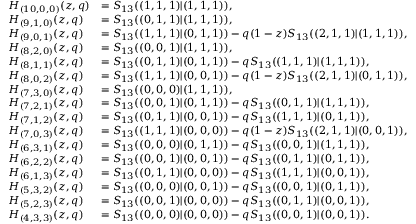
\begin{array} { l l } { H _ { ( 1 0 , 0 , 0 ) } ( z , q ) } & { = S _ { 1 3 } ( ( 1 , 1 , 1 ) | ( 1 , 1 , 1 ) ) , } \\ { H _ { ( 9 , 1 , 0 ) } ( z , q ) } & { = S _ { 1 3 } ( ( 0 , 1 , 1 ) | ( 1 , 1 , 1 ) ) , } \\ { H _ { ( 9 , 0 , 1 ) } ( z , q ) } & { = S _ { 1 3 } ( ( 1 , 1 , 1 ) | ( 0 , 1 , 1 ) ) - q ( 1 - z ) S _ { 1 3 } ( ( 2 , 1 , 1 ) | ( 1 , 1 , 1 ) ) , } \\ { H _ { ( 8 , 2 , 0 ) } ( z , q ) } & { = S _ { 1 3 } ( ( 0 , 0 , 1 ) | ( 1 , 1 , 1 ) ) , } \\ { H _ { ( 8 , 1 , 1 ) } ( z , q ) } & { = S _ { 1 3 } ( ( 0 , 1 , 1 ) | ( 0 , 1 , 1 ) ) - q S _ { 1 3 } ( ( 1 , 1 , 1 ) | ( 1 , 1 , 1 ) ) , } \\ { H _ { ( 8 , 0 , 2 ) } ( z , q ) } & { = S _ { 1 3 } ( ( 1 , 1 , 1 ) | ( 0 , 0 , 1 ) ) - q ( 1 - z ) S _ { 1 3 } ( ( 2 , 1 , 1 ) | ( 0 , 1 , 1 ) ) , } \\ { H _ { ( 7 , 3 , 0 ) } ( z , q ) } & { = S _ { 1 3 } ( ( 0 , 0 , 0 ) | ( 1 , 1 , 1 ) ) , } \\ { H _ { ( 7 , 2 , 1 ) } ( z , q ) } & { = S _ { 1 3 } ( ( 0 , 0 , 1 ) | ( 0 , 1 , 1 ) ) - q S _ { 1 3 } ( ( 0 , 1 , 1 ) | ( 1 , 1 , 1 ) ) , } \\ { H _ { ( 7 , 1 , 2 ) } ( z , q ) } & { = S _ { 1 3 } ( ( 0 , 1 , 1 ) | ( 0 , 0 , 1 ) ) - q S _ { 1 3 } ( ( 1 , 1 , 1 ) | ( 0 , 1 , 1 ) ) , } \\ { H _ { ( 7 , 0 , 3 ) } ( z , q ) } & { = S _ { 1 3 } ( ( 1 , 1 , 1 ) | ( 0 , 0 , 0 ) ) - q ( 1 - z ) S _ { 1 3 } ( ( 2 , 1 , 1 ) | ( 0 , 0 , 1 ) ) , } \\ { H _ { ( 6 , 3 , 1 ) } ( z , q ) } & { = S _ { 1 3 } ( ( 0 , 0 , 0 ) | ( 0 , 1 , 1 ) ) - q S _ { 1 3 } ( ( 0 , 0 , 1 ) | ( 1 , 1 , 1 ) ) , } \\ { H _ { ( 6 , 2 , 2 ) } ( z , q ) } & { = S _ { 1 3 } ( ( 0 , 0 , 1 ) | ( 0 , 0 , 1 ) ) - q S _ { 1 3 } ( ( 0 , 1 , 1 ) | ( 0 , 1 , 1 ) ) , } \\ { H _ { ( 6 , 1 , 3 ) } ( z , q ) } & { = S _ { 1 3 } ( ( 0 , 1 , 1 ) | ( 0 , 0 , 0 ) ) - q S _ { 1 3 } ( ( 1 , 1 , 1 ) | ( 0 , 0 , 1 ) ) , } \\ { H _ { ( 5 , 3 , 2 ) } ( z , q ) } & { = S _ { 1 3 } ( ( 0 , 0 , 0 ) | ( 0 , 0 , 1 ) ) - q S _ { 1 3 } ( ( 0 , 0 , 1 ) | ( 0 , 1 , 1 ) ) , } \\ { H _ { ( 5 , 2 , 3 ) } ( z , q ) } & { = S _ { 1 3 } ( ( 0 , 0 , 1 ) | ( 0 , 0 , 0 ) ) - q S _ { 1 3 } ( ( 0 , 1 , 1 ) | ( 0 , 0 , 1 ) ) , } \\ { H _ { ( 4 , 3 , 3 ) } ( z , q ) } & { = S _ { 1 3 } ( ( 0 , 0 , 0 ) | ( 0 , 0 , 0 ) ) - q S _ { 1 3 } ( ( 0 , 0 , 1 ) | ( 0 , 0 , 1 ) ) . } \end{array}